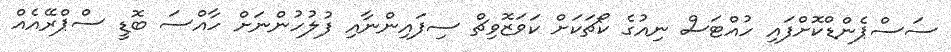
ސަސްޕެންޑްކޮށްފައި ހުއްޓަސް ނިއުގެ ކޯޗަކަށް ކަވަޒޮވިޗް ސިފައިންނާއި ފުލުހުންނަށް ހާއްސަ ބޮޑީ ސްޕްރޭއެއް